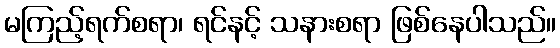
မကြည့်ရက်စရာ၊ ရင်နင့် သနားစရာ ဖြစ်နေပါသည်။